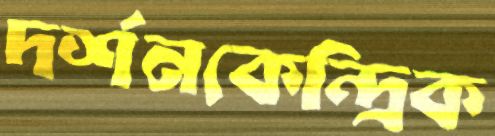
দর্শনকেন্দ্রিক